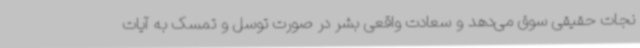
نجات حقیقی سوق می‌دهد و سعادت واقعی بشر در صورت توسل و تمسک به آیات